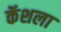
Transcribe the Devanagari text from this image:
कॅशला